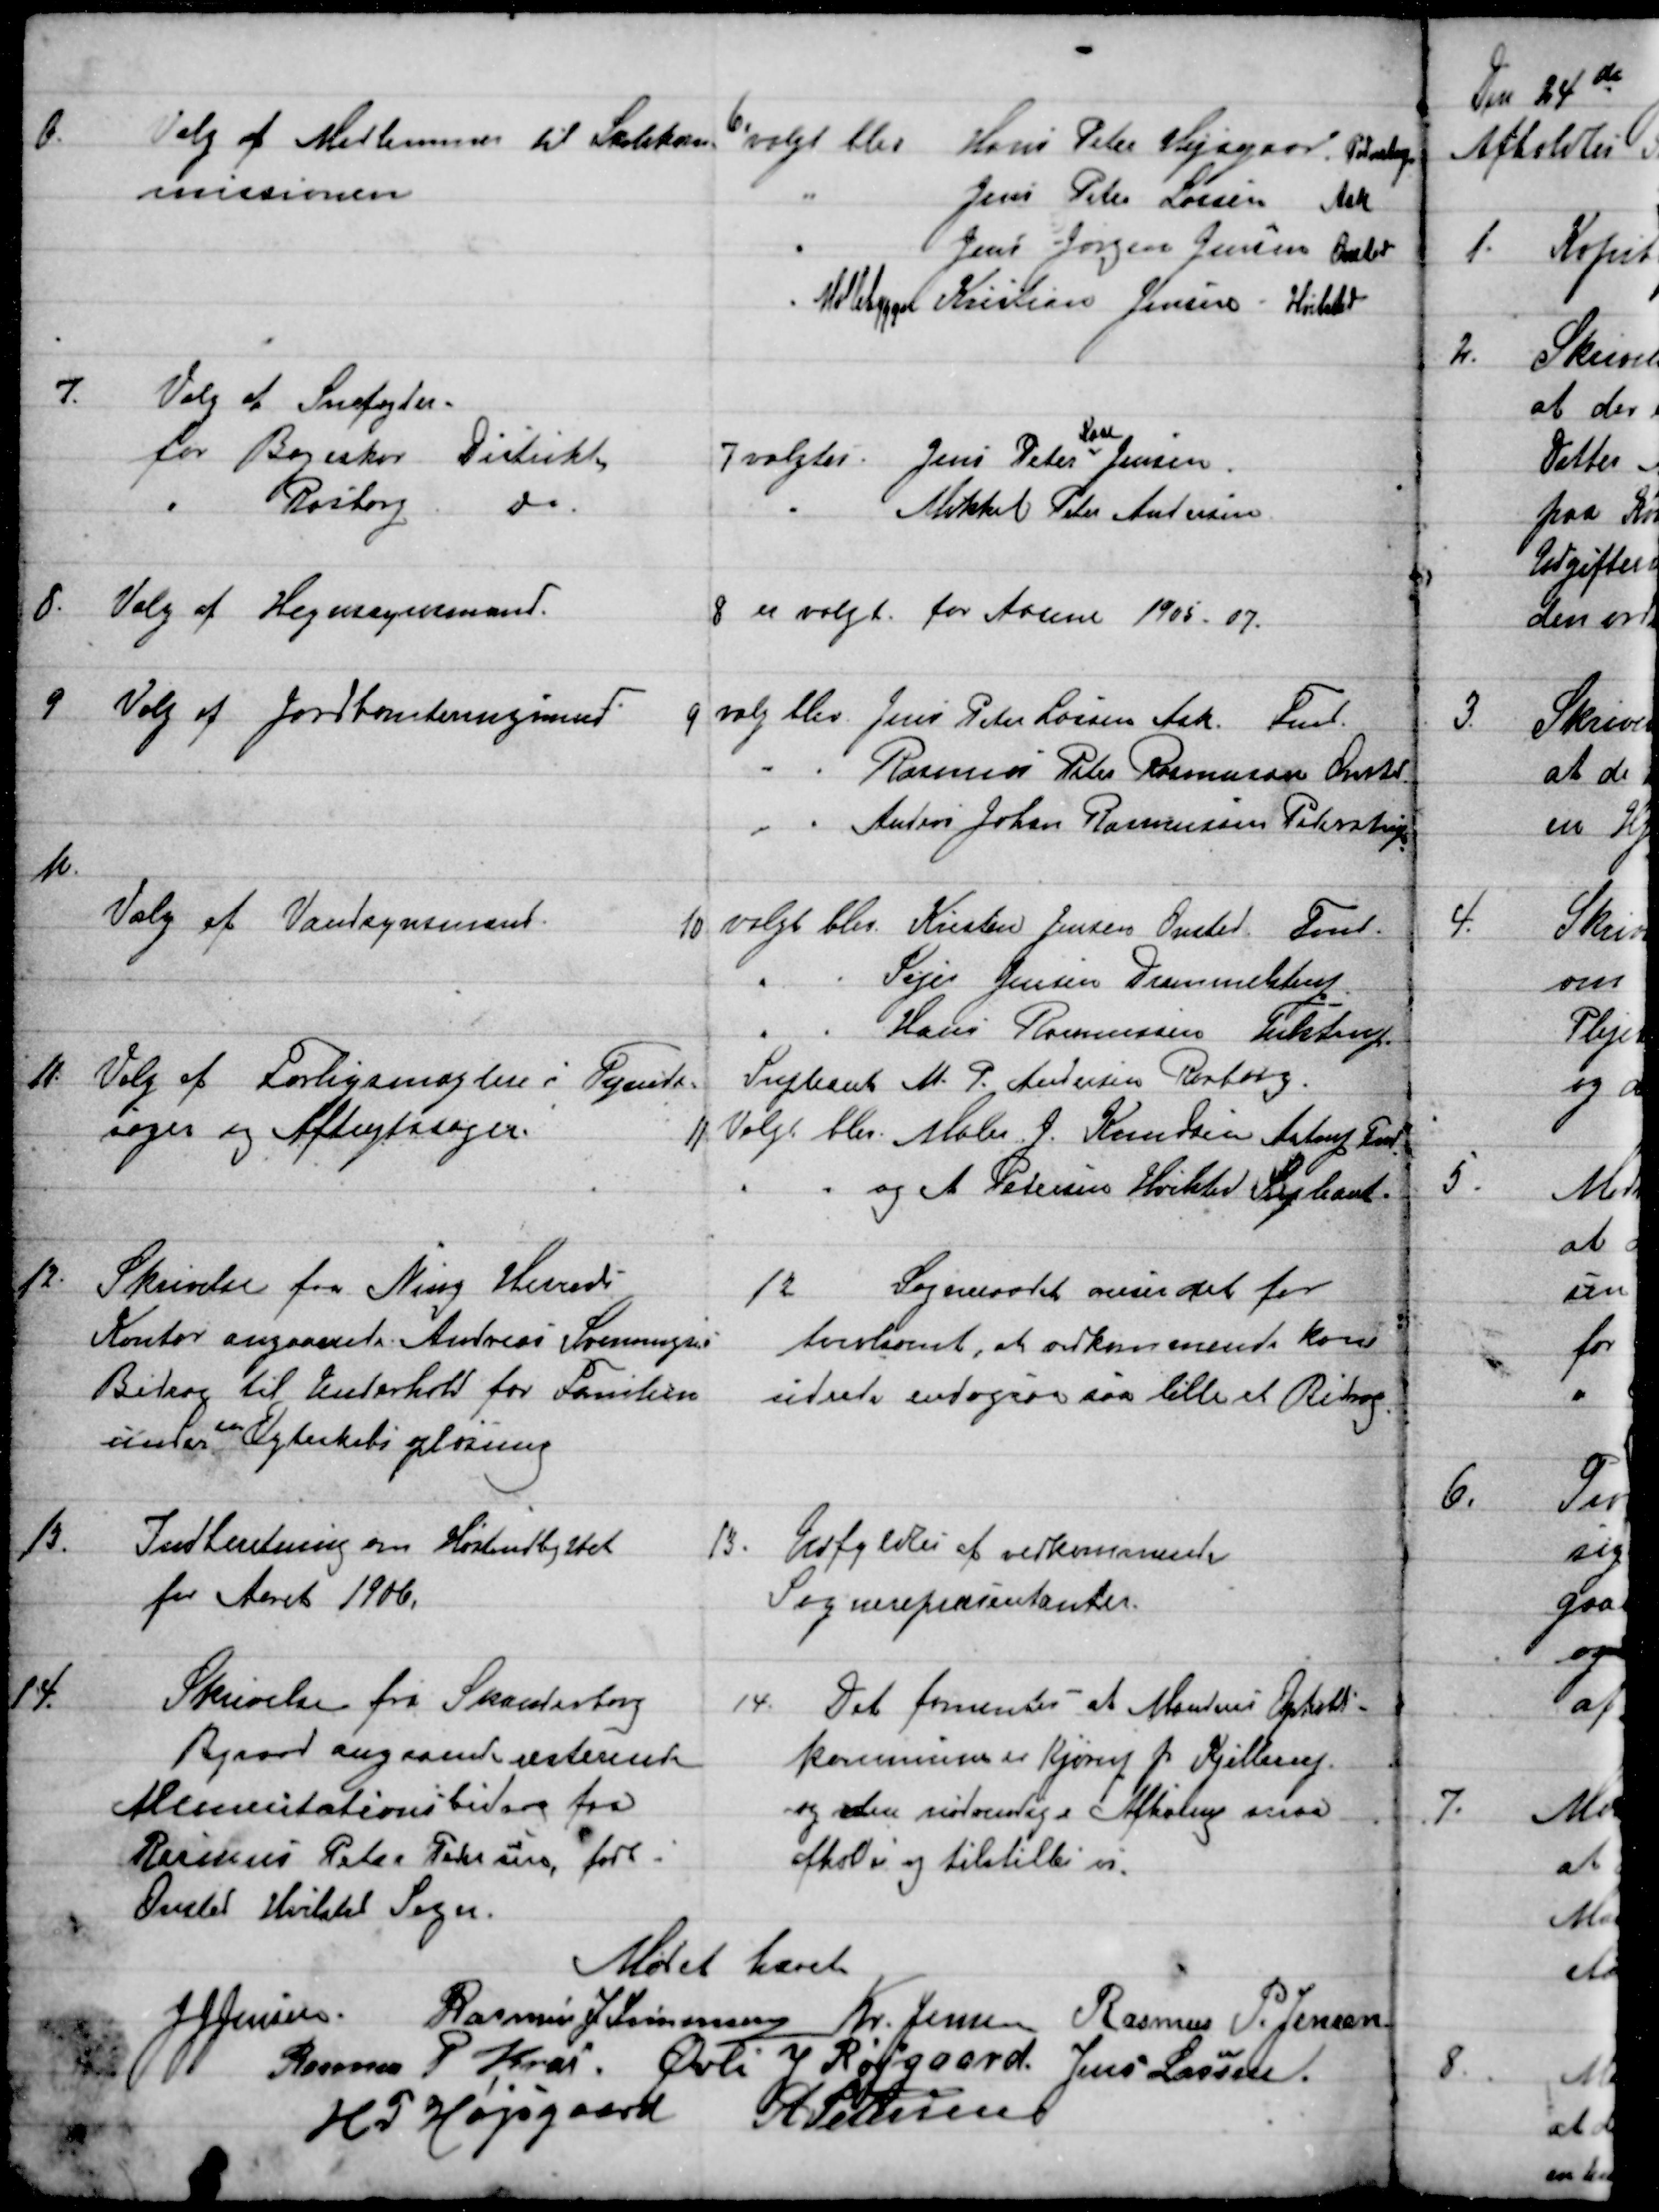
Transskription:
6.
Valg af Medlemmer til Skolekom- 
missionen.
6.
valgt blev Hans Peter Højsgaard, Pederstrup
Jens Peter Lassen Ask
Jens Jørgen Jensen Onsted
Møllebygger Kristian Jensen Hvilsted
7.
Valg af Snefogder.
for Bøgeskov Distrikt,
7 valgtes Jens Peter 
Kaae
Jensen.
Rasborg  
do
Mikkel Peter Andersen
8. Valg af Hegnsynsmand
8 er valgt for Aarene 1905-07.
9. Valg af Jordboniteringsmænd
9 
valg blev Jens Peter Lassen Ask. Fmd.
Rasmus Peter Rasmussen Onsted
Anders Johan Rasmussen Pederstrup
10.
Valg af Vandsynsmænd.
10 valgt blev Kristen Jensen Onsted. Fmd.
Sejer Jensen Drammelstup
Hans Rasmussen Tulstrup
Supleant M. P. Andersen Rasborg.
11. Valg af Forligsmæglere i Tyende=
sager og Aftægtssager.
11 Valgt blev Maler J. Knudsen Astrup Fmd.
og A. Petersen Hvilsted Suppleant.
12.
Skrivelse fra Ning Herreds
Kontor angaaende Andreas Svenningsen.
Bidrag til Underhold for Familien
under 
en
Ægteskabsopløsning
12
Sogneraadet anser det for
tvivlsomt, at vedkommende kan
udrede endogsaa saa lille et Bidrag.
13.
Indberetning om Høstudbyttet
for Aaret 1906.
13.
Udfyldtes af vedkommende
Sognerepræsentanter.
14.
Skrivelse fra Skanderborg
Byraad angaaende resterende
Alimentationsbidrag fra
Rasmus Peter Pedersen, født i
Onsted Hvilsted Sogn.
14.
Det formentes at Mandens Opholds-
kommune er Kjørup pr Kjellerup
og den nødvendige Afhøning maa
afholdes og tilstilles os.
Mødet hævet
JJ Jensen 
Rasmus J Simonsen  Kr. Jensen
Rasmus P. Jensen
Rasmus P Krai. Øvli J Røjgaard.
Jens Lassen.
H P Højsgaard   A Petersen